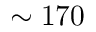
\sim 1 7 0